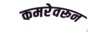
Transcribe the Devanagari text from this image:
कमरेवरून